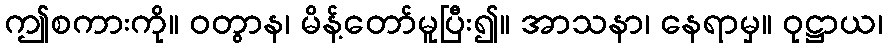
ဤစကားကို။ ဝတွာန၊ မိန့်တော်မူပြီး၍။ အာသနာ၊ နေရာမှ။ ဝုဋ္ဌာယ၊